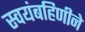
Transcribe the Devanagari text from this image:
स्वयंबहिणीने